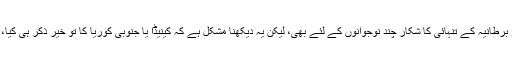
یہ شام اور عراق کے کچھ لوگوں کے لئے تو کشش رکھ سکتا ہے، حتی کہ جرمنی اور برطانیہ کے تنہائی کا شکار چند نوجوانوں کے لئے بھی، لیکن یہ دیکھنا مشکل ہے کہ کینیڈا یا جنوبی کوریا کا تو خیر ذکر ہی کیا، یونان یا جنوبی افریقہ کے لوگ بھی کسی عالمی خلافت کو اپنے مسائل کا حل سمجھیں۔